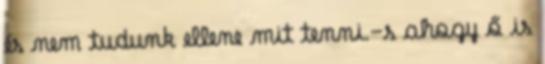
és nem tudunk ellene mit tenni.-s ahogy ő is